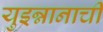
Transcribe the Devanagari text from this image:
युइन्नानाची